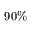
9 0 \%